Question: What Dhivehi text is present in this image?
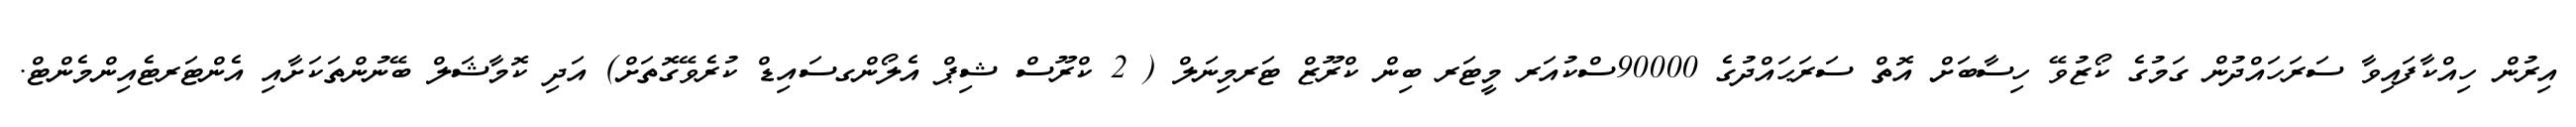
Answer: އިރުން ހިއްކާފައިވާ ސަރަހައްދުން ގަމުގެ ކޯޒުވޭ ހިސާބަށް އޮތް ސަރަޙައްދުގެ 90000ސްކުއަރ މީޓަރ ބިން ކްރޫޒް ޓަރމިނަލް ( 2 ކްރޫސް ޝިޕް އެލޯންގސައިޑް ކުރެވޭގޮތަށް) އަދި ކޮމާޝަލް ބޭނުންތަކަށާއި އެންޓަރޓެއިންމެންޓް.